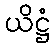
ယိဋ္ဌံ